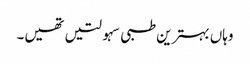
وہاں بہترین طبی سہولتیں تھیں۔